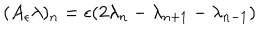
( A _ { \epsilon } \lambda ) _ { n } = \epsilon ( 2 \lambda _ { n } - \lambda _ { n + 1 } - \lambda _ { n - 1 } )